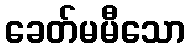
ခေတ်မမီသော